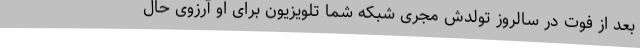
بعد از فوت در سالروز تولدش مجری شبکه شما تلویزیون برای او آرزوی حال